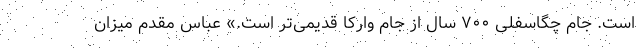
است. جام چگاسفلی ۷۰۰ سال از جام وارکا قدیمی‌تر است.» عباس مقدم میزان